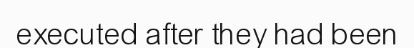
executed after they had been